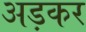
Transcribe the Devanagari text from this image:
अड़कर